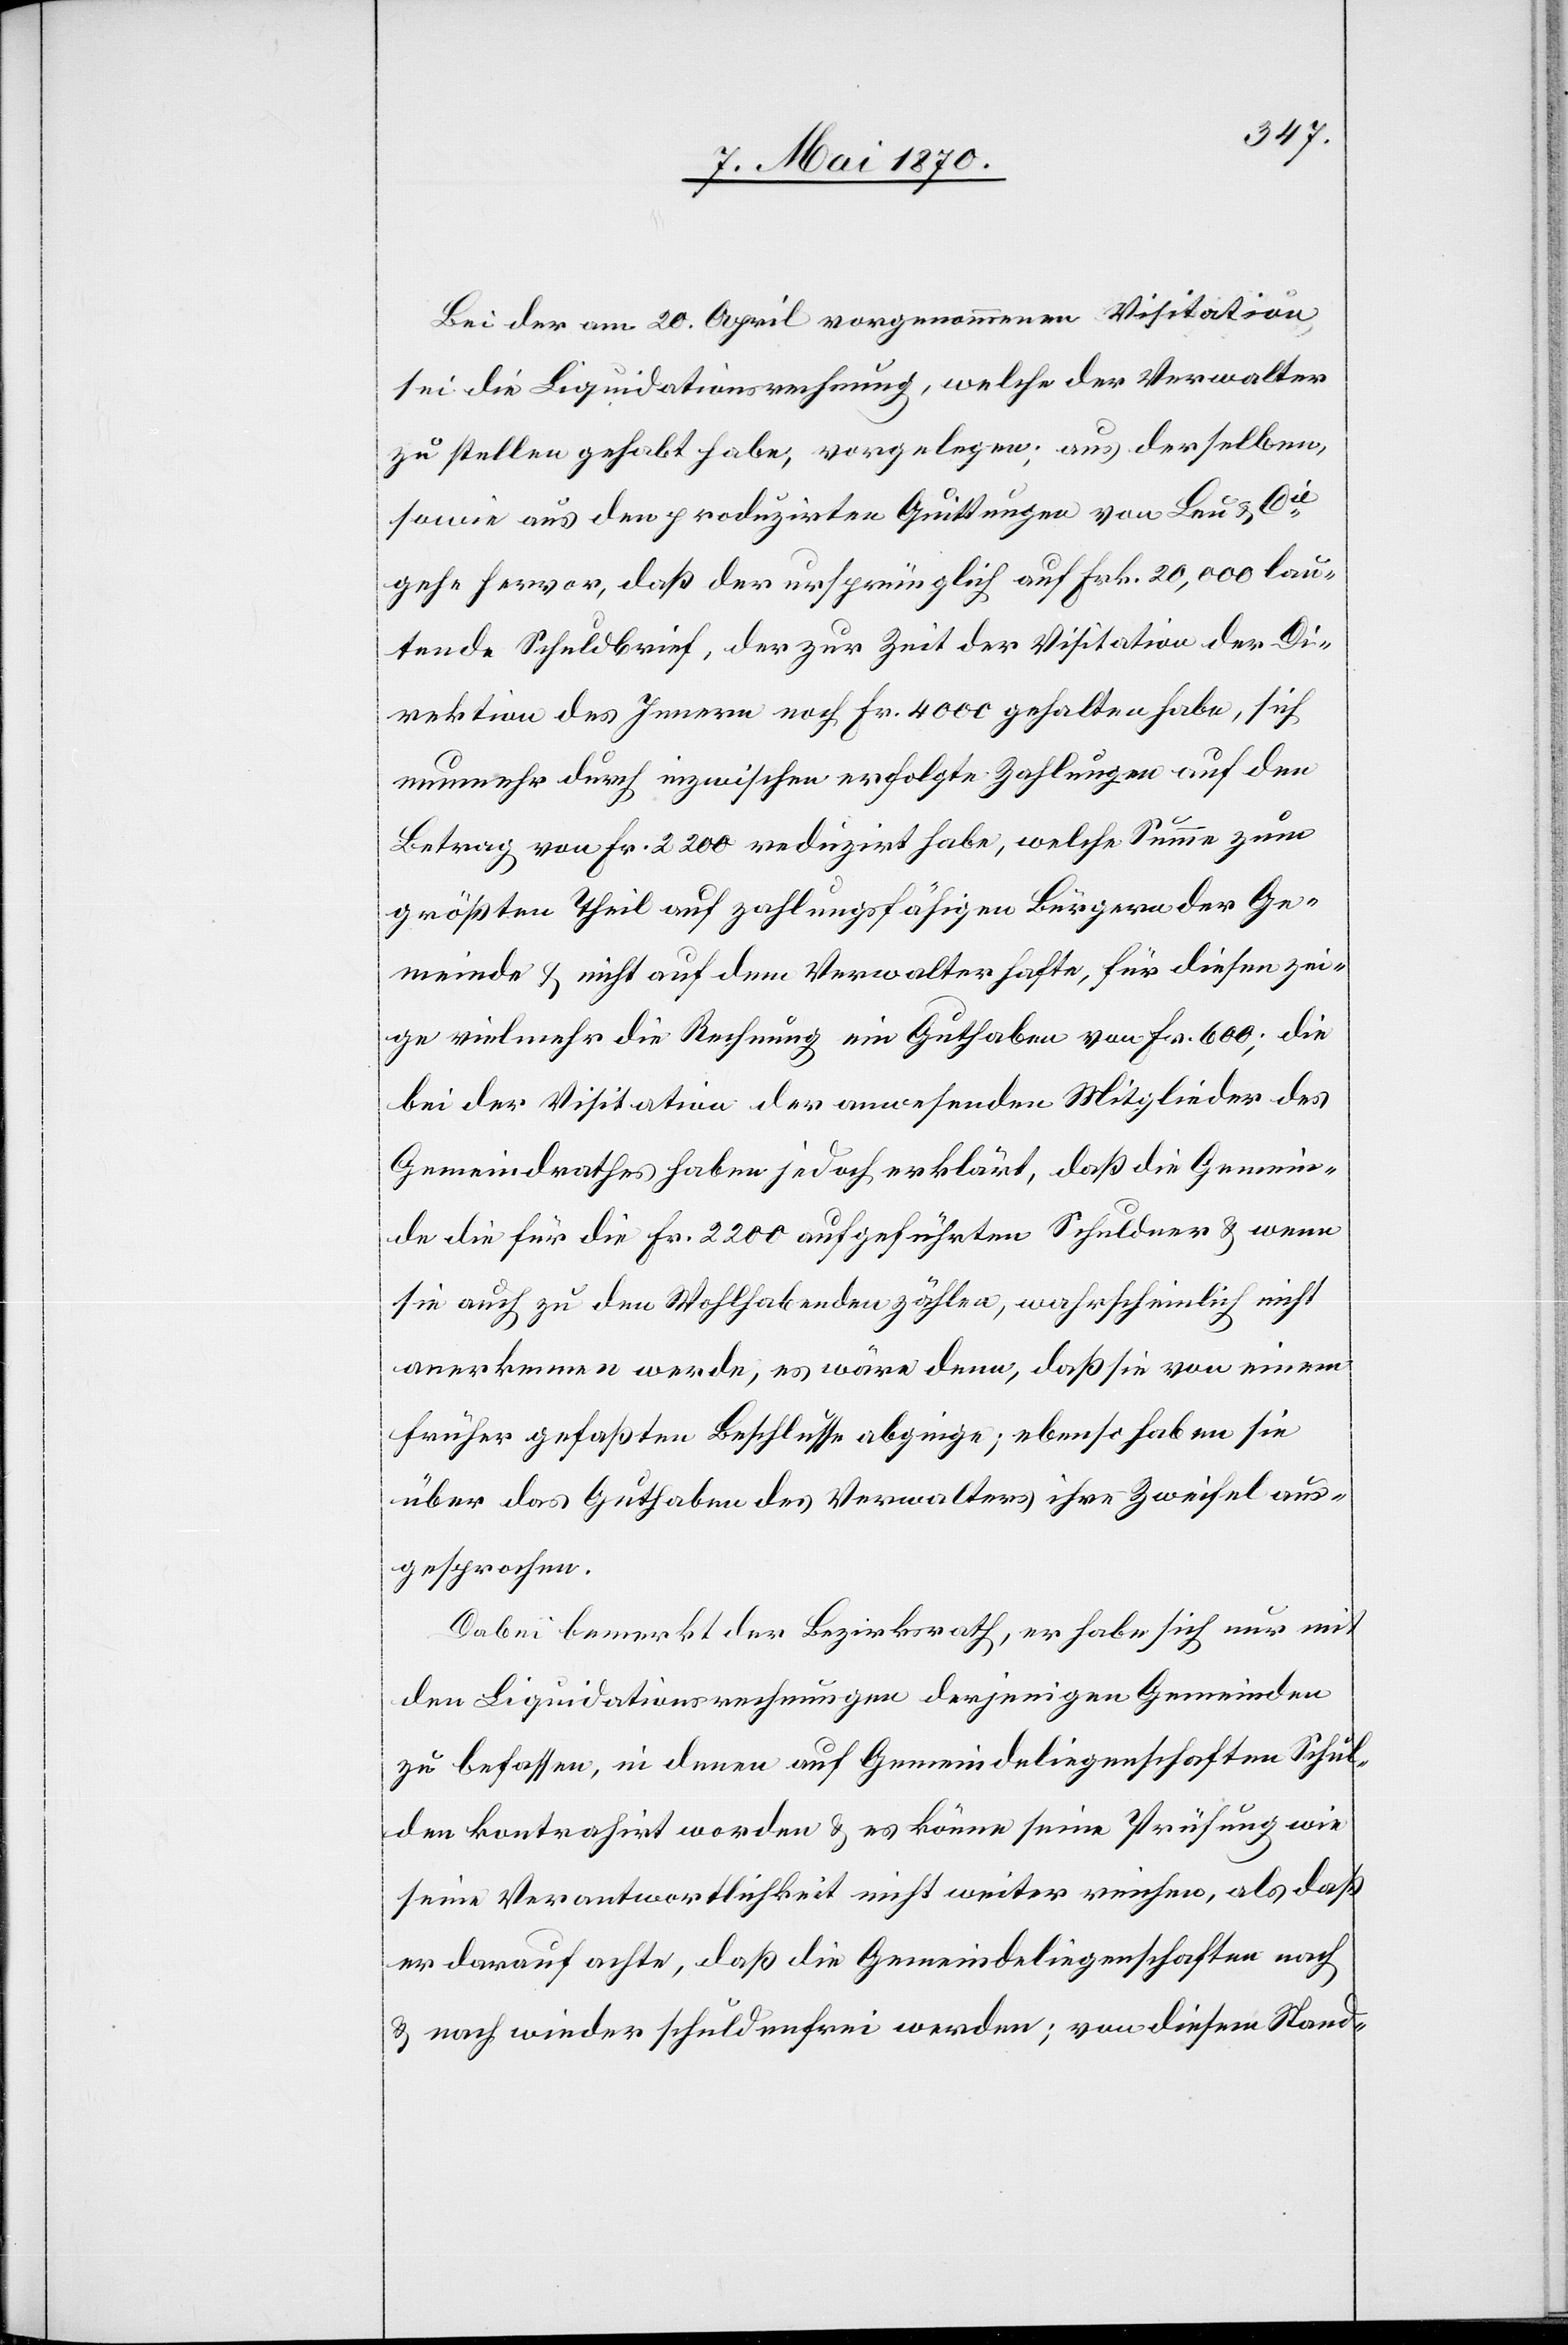
Bei der am 20. April vorgenommenen Visitation
sei die Liquidationsrechnung, welche der Verwalter
zu stellen gehabt habe, vorgelegen; aus derselben,
sowie aus den produzirten Quittungen von Leu & Cie
gehe hervor, daß der ursprünglich auf Frk. 20,000 lau¬
tende Schuldbrief, der zur Zeit der Visitation der Di¬
rektion des Innern noch Fr. 4000 gehalten habe, sich
nunmehr durch inzwischen erfolgte Zahlungen auf den
Betrag von Fr. 2200 reduzirt habe, welche Summe zum
größten Theil auf zahlungsfähigen Bürgern der Ge¬
meinde & nicht auf dem Verwalter hafte, für diesen zei¬
ge vielmehr die Rechnung ein Guthaben von Fr. 600; die
bei der Visitation der anwesenden Mitglieder des
Gemeindrathes haben jedoch erklärt, daß die Gemein¬
de die für die Fr. 2200 aufgeführten Schuldner & wenn
sie auch zu den Wohlhabenden zählen, wahrscheinlich nicht
anerkennen werde, es wäre denn, daß sie von einem
früher gefaßten Beschlusse abginge; ebenso haben sie
über das Guthaben des Verwalters ihre Zweifel aus¬
gesprochen.
Dabei bemerkt der Bezirksrath, er habe sich nur mit
den Liquidationsrechnungen derjenigen Gemeinden
zu befassen, in denen auf Gemeindeliegenschaften Schul¬
den kontrahirt worden & es könne seine Prüfung wie
seine Verantwortlichkeit nicht weiter reichen, als daß
er darauf achte, daß die Gemeindeliegenschaften nach
& nach wieder schuldenfrei werden; von diesem Stand-